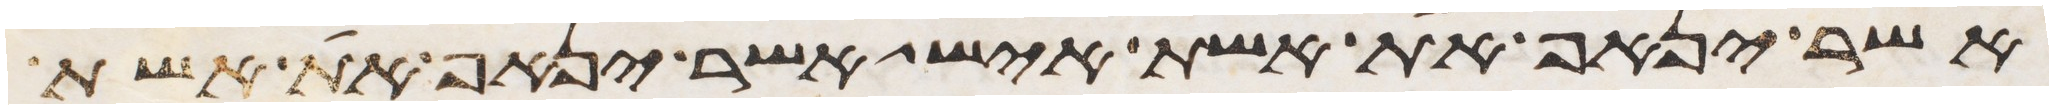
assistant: אשר ינאף את אשת איש אשר ינאף את אשת